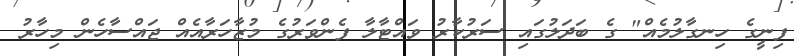
ފިނީގެ ހިނގާލުމެއް" ގެ ބަދަލުގައި ސަރުކާރު ވައްޓާލާ ފެންވަރުގެ މުޒާހަރާއެއް ޖައްސާހެން މިހާރު